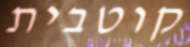
קוטבית